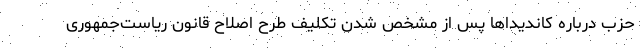
حزب درباره کاندیداها پس از مشخص شدن تکلیف طرح اصلاح قانون ریاست‌جمهوری